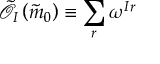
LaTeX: \tilde { \mathcal { O } } _ { I } \left( \tilde { m } _ { 0 } \right) \equiv \sum _ { r } \omega ^ { I r }